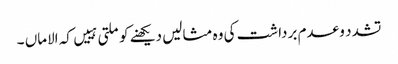
تشدد و عدم برداشت کی وہ مثالیں دیکھنے کو ملتی ہییں کہ الاماں ۔